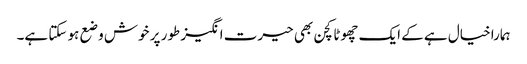
ہمارا خیال ہے کے ایک چھوٹا کچن بھی حیرت انگیز طور پر خوش وضع ہو سکتا ہے۔